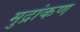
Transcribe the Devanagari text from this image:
मुद्रांकण